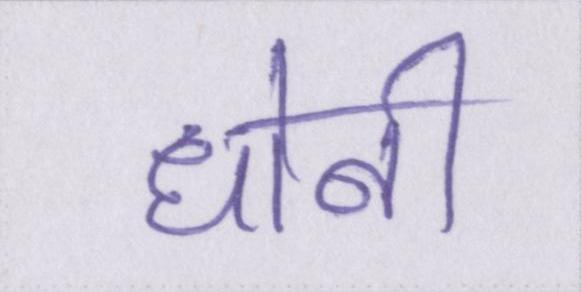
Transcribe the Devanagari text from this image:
धोनी